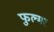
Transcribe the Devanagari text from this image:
फुल्मर